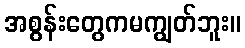
အစွန်းတွေကမကျွတ်ဘူး။